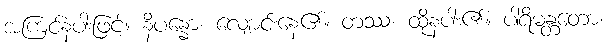
အကြင်နံပါးဖြင့်။ နိပန္နော၊ လျောင်းနေ၏။ တဿ၊ ထိုနံပါး၏။ ပါရိမန္တတော၊